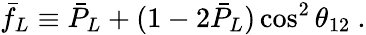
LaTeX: \bar{f}_{L}\equiv\bar{P}_{L}+(1-2\bar{P}_{L})\cos^{2}\theta_{12}~.